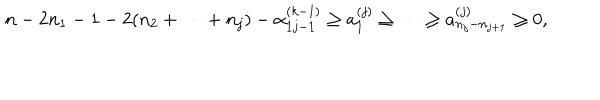
\begin{array} { l } { { n - 2 n _ { 1 } - 1 - 2 ( n _ { 2 } + \cdots + n _ { j } ) - \alpha _ { 1 j - 1 } ^ { ( k - 1 ) } \geq a _ { 1 } ^ { ( j ) } \geq \cdots \geq a _ { n _ { j } - n _ { j + 1 } } ^ { ( j ) } \geq 0 , } } \\ \end{array}